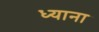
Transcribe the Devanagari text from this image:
ध्याना